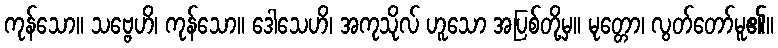
ကုန်သော။ သဗ္ဗေဟိ၊ ကုန်သော။ ဒေါသေဟိ၊ အကုသိုလ် ဟူသော အပြစ်တို့မှ။ မုတ္တော၊ လွတ်တော်မူ၏။